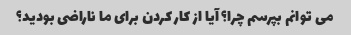
می توانم بپرسم چرا؟ آیا از کار کردن برای ما ناراضی بودید؟